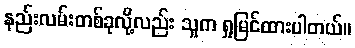
နည်းလမ်းတစ်ခုလို့လည်း သူက ရှုမြင်ထားပါတယ်။